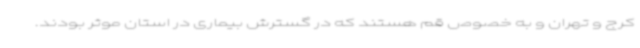
کرج و تهران و به خصوص قم هستند که در گسترش بیماری در استان موثر بودند.